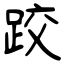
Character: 跤